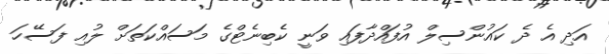
އަދި އެ ދެ ކައުންސިލް އުފައްދާފައި ވަނީ ކެބިނެޓްގެ މަސައްކަތަށް ލުއި ފަސޭހަ